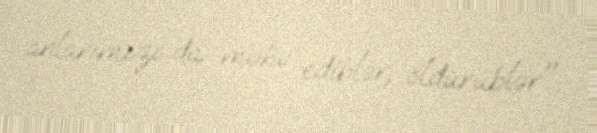
anlarımızı da məhv ediblər, öldürüblər".